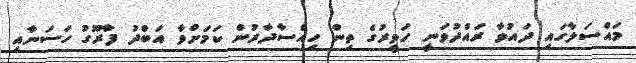
މައްސަލާގައި ދައުވާ ރައްދުވަނީ ހަވީރުގެ ތިން ހިއްސާދާރުން ކަމަށްވާ އަބްދު ފާރޫގު ހަސަނާއި